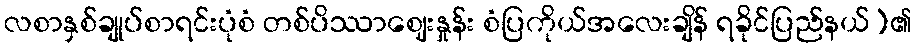
လစာနှစ်ချုပ်စာရင်းပုံစံ တစ်ပိဿာဈေးနှုန်း စံပြကိုယ်အလေးချိန် ရခိုင်ပြည်နယ်)၏